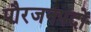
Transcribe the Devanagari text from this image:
पौरजनपदों